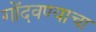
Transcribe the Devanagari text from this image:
गोंदवण्याचा